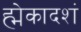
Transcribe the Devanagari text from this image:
ह्मेकादशं